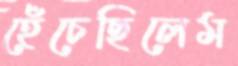
হেঁচেছিলেম